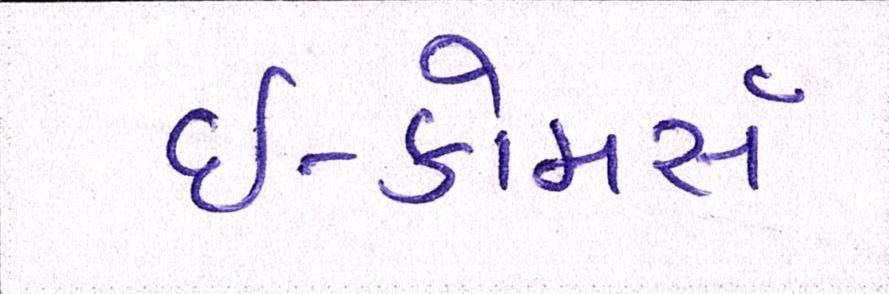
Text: ઇ-કોમર્સ